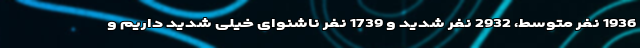
1936 نفر متوسط، 2932 نفر شدید و 1739 نفر ناشنوای خیلی شدید داریم و